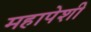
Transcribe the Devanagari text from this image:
महापेशी